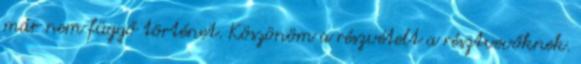
már nem függő történet. Köszönöm a részvételt a résztvevőknek.